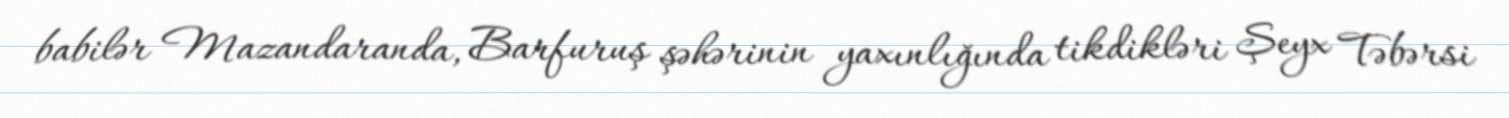
babilər Mazandaranda, Barfuruş şəhərinin yaxınlığında tikdikləri Şeyx Təbərsi